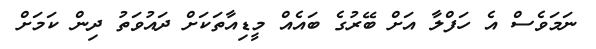
ނަމަވެސް އެ ހަފްލާ އަށް ބޭރުގެ ބައެއް މީޑިއާތަކަށް ދައުވަތު ދިން ކަމަށް